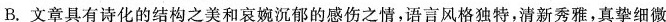
B，文章具有诗化的结构之美和哀婉沉郁的感伤之情，语言风格独特，清新秀雅，真挚细微